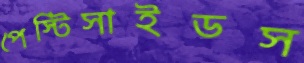
পেস্টিসাইডস